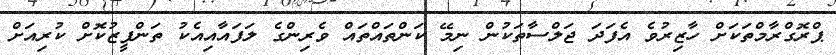
ޕްރޮގްރާމްތަކަށް ހާޒިރުވެ އެފަދަ ޖަލްސާތަކުން ނިމޭ ކަންތައްތައް ވެރިންގެ ލަފައާއިއެކު ތަންފީޒުކޮށް ކުރިއަށް